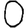
Digit: 0